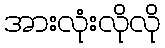
အားလုံးလိုလို